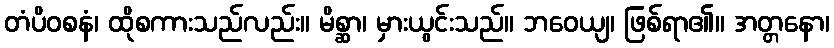
တံပိဝစနံ၊ ထိုစကားသည်လည်း။ မိစ္ဆာ၊ မှားယွင်းသည်။ ဘဝေယျ၊ ဖြစ်ရာ၏။ အတ္တနော၊